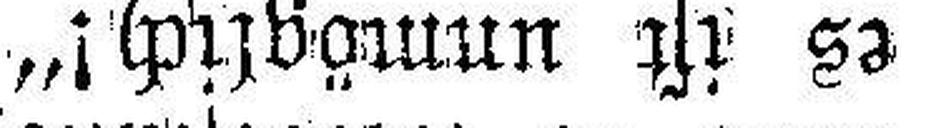
es ist unmöglich!“